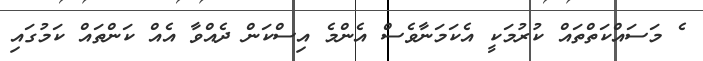
ެ މަސައްކަތްތައް ކުރުމަކީ އެކަމަނާވެސް އެންމެ އިސްކަން ދެއްވާ އެއް ކަންތައް ކަމުގައި